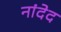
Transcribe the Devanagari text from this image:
नांदेद